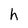
Character: h